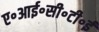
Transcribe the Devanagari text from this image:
ए॰आई॰सी॰टी॰ई